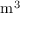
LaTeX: \mathrm { m ^ { 3 } }